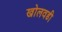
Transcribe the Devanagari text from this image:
खोलवडी